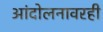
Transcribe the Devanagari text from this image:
आंदोलनावरही